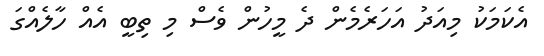
އެކަމަކު މިއަދު އަހަރެމެން ދެ މީހުން ވެސް މި ތިބީ އެއް ހާލެއްގަ